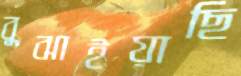
বুঝাইয়াছি